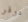
دوفر